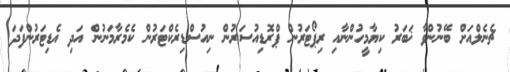
ޗެނެލްއަށް ބޭނުންވާ ޚަބަރު ކިޔާމީހުންނާއި ރިޕޯޓަރުން ޕްރޮޑިއުސަރުން ނިއުސްޑިރެކްޓަރުން ކެމެރާމަނުން އަދި އެޑިޓަރުންފަދަ